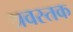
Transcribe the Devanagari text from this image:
श्रवस्तक